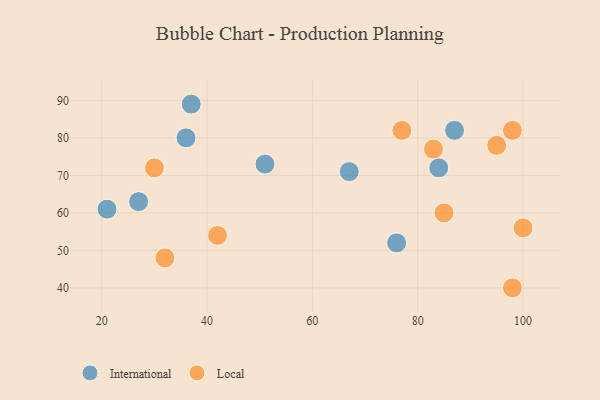
{"axis": {"x": "GDP", "y": "Life Expectancy"}, "legend": ["International", "Local"], "data": [{"x": "84", "y": 72, "type": "International"}, {"x": "27", "y": 63, "type": "International"}, {"x": "51", "y": 73, "type": "International"}, {"x": "87", "y": 82, "type": "International"}, {"x": "37", "y": 89, "type": "International"}, {"x": "76", "y": 52, "type": "International"}, {"x": "67", "y": 71, "type": "International"}, {"x": "21", "y": 61, "type": "International"}, {"x": "36", "y": 80, "type": "International"}, {"x": "83", "y": 77, "type": "Local"}, {"x": "77", "y": 82, "type": "Local"}, {"x": "30", "y": 72, "type": "Local"}, {"x": "98", "y": 82, "type": "Local"}, {"x": "85", "y": 60, "type": "Local"}, {"x": "32", "y": 48, "type": "Local"}, {"x": "100", "y": 56, "type": "Local"}, {"x": "95", "y": 78, "type": "Local"}, {"x": "98", "y": 40, "type": "Local"}, {"x": "42", "y": 54, "type": "Local"}]}